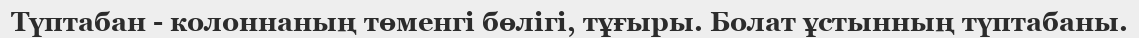
Түптабан - колоннаның төменгі бөлігі, тұғыры. Болат ұстынның түптабаны.